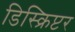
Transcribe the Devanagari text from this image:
डिस्क्रिप्टर